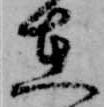
在